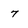
Character: 7